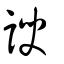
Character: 諛